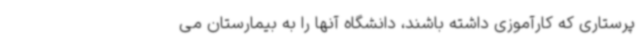
پرستاری که کارآموزی داشته باشند، دانشگاه آنها را به بیمارستان می‌